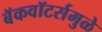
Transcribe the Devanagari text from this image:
बॅकवॉटर्समुळे